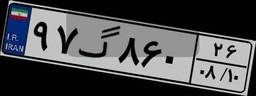
۹۷گ۸۶۰۲۶